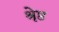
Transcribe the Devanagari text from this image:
श्रृेष्ठ